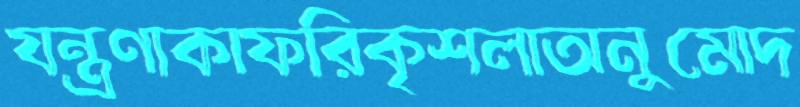
যন্ত্রণাকাফরিকৃশলাঅনুমোদ